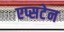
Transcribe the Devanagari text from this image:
एप्सटेन